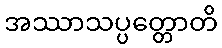
အဿာသပ္ပတ္တောတိ